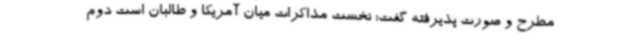
مطرح و صورت پذیرفته گفت: نخست مذاکرات میان آمریکا و طالبان است دوم